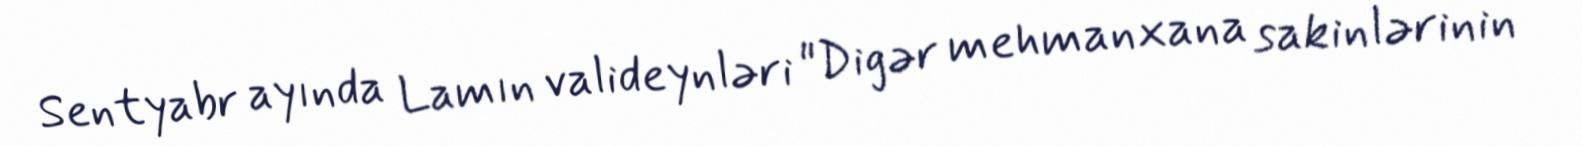
Sentyabr ayında Lamın valideynləri "Digər mehmanxana sakinlərinin